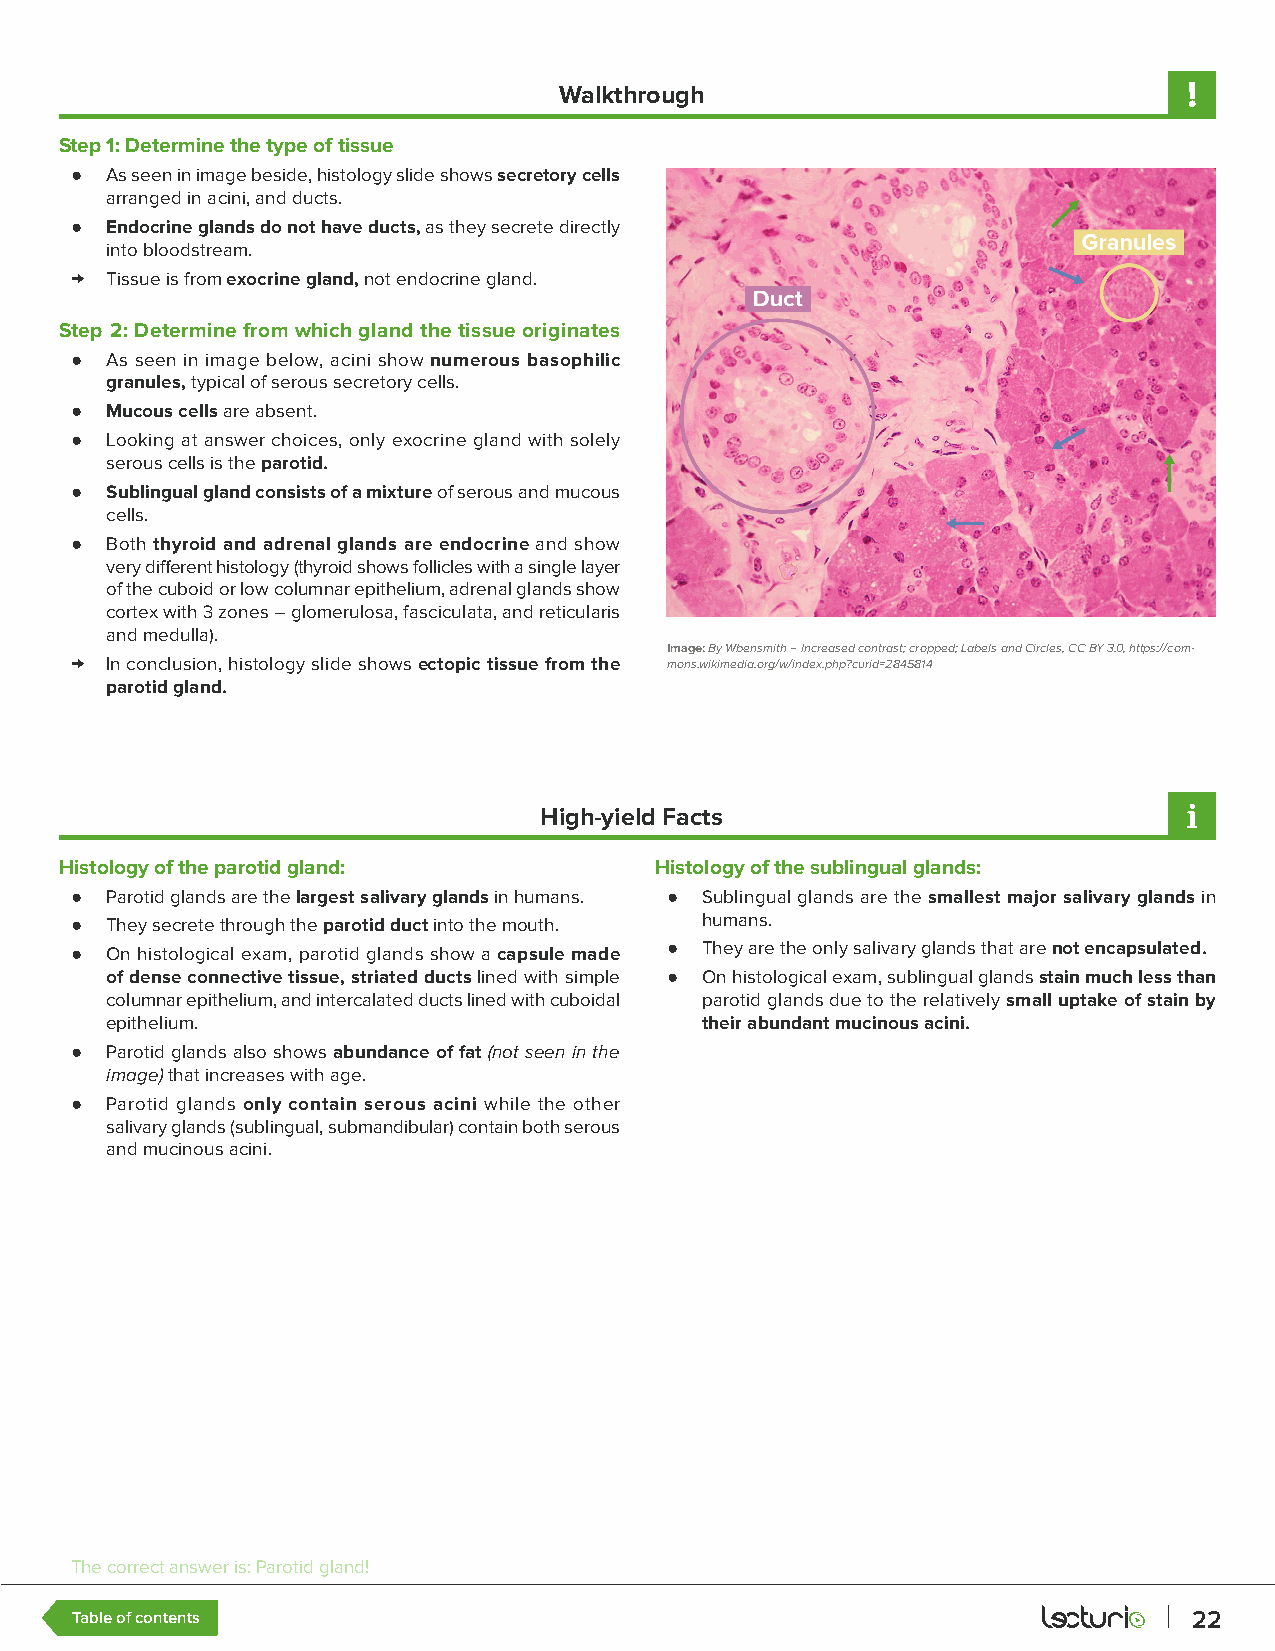
Walkthrough
 Step 1: Determine the type of tissue
 ● As seen in image beside, histology slide shows secretory cells
 arranged in acini, and ducts.
 ● Endocrine glands do not have ducts, as they secrete directly
 into bloodstream.
 → Tissue is from exocrine gland, not endocrine gland.
 Step 2: Determine from which gland the tissue originates
 ● As seen in image below, acini show numerous basophilic
 granules, typical of serous secretory cells.
 ● Mucous cells are absent.
 ● Looking at answer choices, only exocrine gland with solely
 serous cells is the parotid.
 ● Sublingual gland consists of a mixture of serous and mucous
 cells.
 ● Both thyroid and adrenal glands are endocrine and show
 very different histology (thyroid shows follicles with a single layer
 of the cuboid or low columnar epithelium, adrenal glands show
 cortex with 3 zones – glomerulosa, fasciculata, and reticularis
 and medulla).
 Image: By Wbensmith – Increased contrast; cropped; Labels and Circles, CC BY 3.0, https://com-
 → In conclusion, histology slide shows ectopic tissue from the mons.wikimedia.org/w/index.php?curid=2845814
 parotid gland.
 High-yield Facts
 Histology of the parotid gland:        Histology of the sublingual glands:
 ● Parotid glands are the largest salivary glands in humans. ● Sublingual glands are the smallest major salivary glands in
 ● They secrete through the parotid duct into the mouth. humans.
 ● On histological exam, parotid glands show a capsule made ● They are the only salivary glands that are not encapsulated.
 of dense connective tissue, striated ducts lined with simple ● On histological exam, sublingual glands stain much less than
 columnar epithelium, and intercalated ducts lined with cuboidal parotid glands due to the relatively small uptake of stain by
 epithelium.                            their abundant mucinous acini.
 ● Parotid glands also shows abundance of fat (not seen in the
 image) that increases with age.
 ● Parotid glands only contain serous acini while the other
 salivary glands (sublingual, submandibular) contain both serous
 and mucinous acini.
 The correct answer is: Parotid gland!
 Table of contents                                                         22